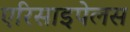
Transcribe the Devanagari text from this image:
एरिसाइपेलस